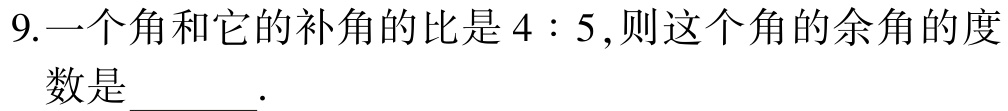
9.一个角和它的补角的比是\(4:5\),则这个角的余角的度数是______.